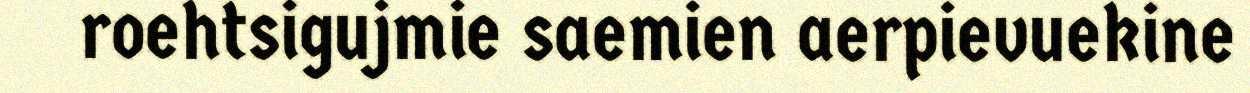
roehtsigujmie saemien aerpievuekine